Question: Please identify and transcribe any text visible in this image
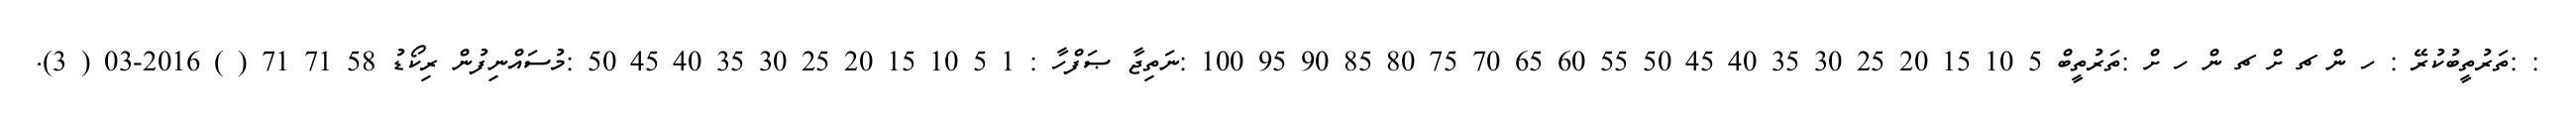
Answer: : :ތަރުތީބުކުރޭ : ހ ން ޗ ށް ޗ ން ހ ށް :ތަރުތީބް 5 10 15 20 25 30 35 40 45 50 55 60 65 70 75 80 85 90 95 100 :ނަތިޖާ ޞަފްހާ : 1 5 10 15 20 25 30 35 40 45 50 :މުސައްނިފުން ރިކޯޑު 58 71 71 ( ) 2016-03 ( 3).